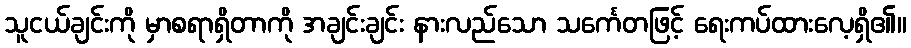
သူငယ်ချင်းကို မှာစရာရှိတာကို အချင်းချင်း နားလည်သော သင်္ကေတဖြင့် ရေးကပ်ထားလေ့ရှိ၏။